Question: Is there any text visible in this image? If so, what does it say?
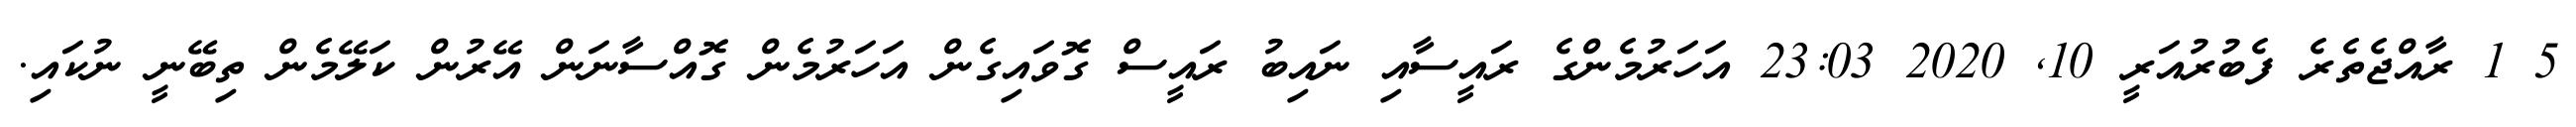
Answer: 5 1 ރާއްޖެތެރެ ފެބުރުއަރީ 10, 2020 23:03 އަހަރުމެންގެ ރައީސާއި ނައިބު ރައީސް ގޮވައިގެން އަހަރުމެން ގޮއްސާނަން އޭރުން ކަލޭމެން ތިބޭނީ ނުކައި.